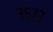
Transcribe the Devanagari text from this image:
३५७३